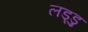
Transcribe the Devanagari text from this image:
लड्डु